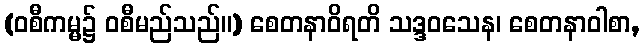
(ဝစီကမ္မ၌ ဝစီမည်သည်။) စေတနာဝိရတိ သဒ္ဒဝသေန၊ စေတနာဝါစာ,